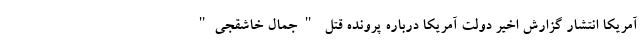
آمریکا انتشار گزارش اخیر دولت آمریکا درباره پرونده قتل "جمال خاشقجی"